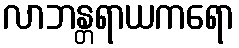
လာဘန္တရာယကရော